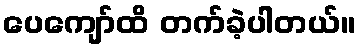
ပေကျော်ထိ တက်ခဲ့ပါတယ်။